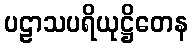
ပဠာသပရိယုဋ္ဌိတေန